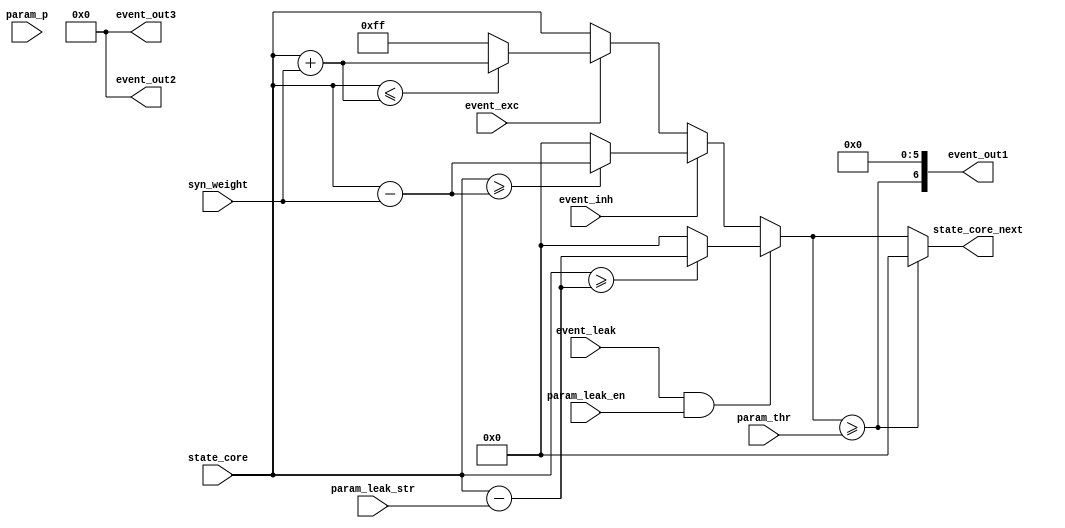
module ADModel_neuronstate(
    input  wire [          6:0] param_leak_str,         // leakage strength parameter
    input  wire [          3:0] param_p,
    input  wire                 param_leak_en,          // leakage enable parameter
    input  wire [          7:0] param_thr,              // neuron firing threshold parameter
    input  wire [          7:0] state_core,             // membrane potential state from SRAM 
    input  wire                 event_leak,             // leakage type event
    input  wire                 event_inh,              // excitatory type event
    input  wire                 event_exc,              // inhibitory type event
    input  wire [          2:0] syn_weight,             // synaptic weight
    output reg [          7:0] state_core_next,        // next membrane potential state to SRAM 
    output wire [          6:0] event_out1,              // neuron spike event output  
    output wire [          6:0] event_out2,             // neuron spike event output  
    output wire [          6:0] event_out3              // neuron spike event output  
    );


    reg  [7:0] state_core_next_i;
    wire [7:0] state_leak, state_inh, state_exc;
    reg       spike_out1, spike_out2, spike_out3; 

    assign event_out1     = {spike_out1, 3'b000, 3'b0};
    assign event_out2     = {spike_out2, 3'b000, 3'b0};
    assign event_out3     = {spike_out3, 3'b000, 3'b0};
    
    always @ (param_p) begin
        if (param_p == 4'b0011) begin 
            spike_out1 = (state_core_next_i >= param_thr);
            spike_out2       = (state_core_next_i >= (param_thr>>1)); 
            spike_out3       = (state_core_next_i >= ((param_thr>>1) + (param_thr>>2)));
                if (spike_out1 || spike_out2 || spike_out3)
                    state_core_next = state_core_next_i;
                else
                state_core_next = 8'd0;
                
        end else
            spike_out1 = (state_core_next_i >= param_thr);
            spike_out2       = 0; 
            spike_out3       = 0;
           state_core_next = (spike_out1? 8'd0 : state_core_next_i); 
    end  

    always @(*) begin 

            if (event_leak && param_leak_en)
                if (state_core >= state_leak)
                    state_core_next_i = state_leak;
                else
                    state_core_next_i = 8'b0;
            else if (event_inh)
                if (state_core >= state_inh)
                    state_core_next_i = state_inh;
                else
                    state_core_next_i = 8'b0;
            else if (event_exc)
                if (state_core <= state_exc) //voltage less than excitatory voltage 
                    state_core_next_i = state_exc;
                else
                    state_core_next_i = 8'hFF;
            else 
                state_core_next_i = state_core;
    end

    assign state_leak = (state_core - {1'b0,param_leak_str});
    assign state_inh  = (state_core - {5'b0,syn_weight});
    assign state_exc  = (state_core + {5'b0,syn_weight});

endmodule